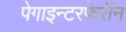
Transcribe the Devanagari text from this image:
पेगाइन्टरफेरॉन